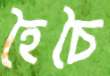
হৈচৈ